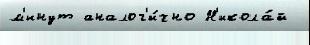
м'инут аналог'и́чно Н'икола́й